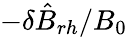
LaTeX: -\delta\hat{B}_{rh}/B_{0}